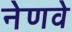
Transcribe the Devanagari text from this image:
नेणवे